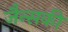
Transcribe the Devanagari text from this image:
जैन्सकी